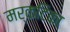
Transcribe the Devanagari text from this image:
मर्कटिका